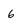
Character: 6